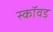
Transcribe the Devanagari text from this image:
स्कॉवड